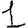
Digit: 1